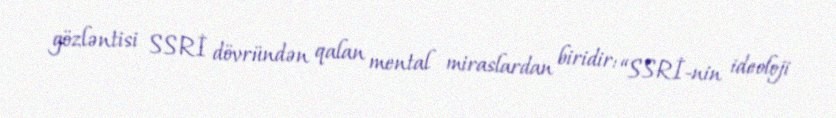
gözləntisi SSRİ dövründən qalan mental miraslardan biridir: “SSRİ-nin ideoloji